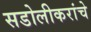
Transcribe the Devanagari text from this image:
सडोलीकरांचे